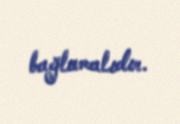
bağlamalıdır.